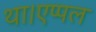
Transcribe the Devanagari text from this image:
था।एप्पल